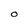
Character: O